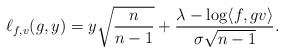
\begin{align*}\ell_{f,v} (g,y) = y \sqrt{\frac{n}{n - 1}} + \frac{\lambda - \log \langle f, g v \rangle}{\sigma \sqrt{n-1}}. \end{align*}